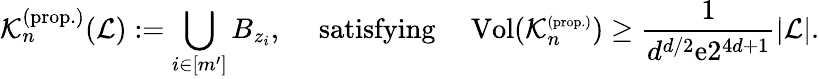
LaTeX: {\mathcal K}_{n}^{(\mathrm{prop.})}({\mathcal L}):=\bigcup_{i\in[m^{\prime}]}B_{z_{i}},\quad\mathrm{~satisfying~}\quad\mathrm{Vol}({\mathcal K}_{n}^{\scriptscriptstyle(\mathrm{prop.})})\ge\frac{1}{d^{d/2}{\mathrm e}2^{4d+1}}|{\mathcal L}|.